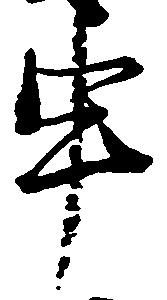
申